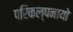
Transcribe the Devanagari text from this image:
परिकल्पनायो